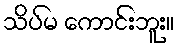
သိပ်မ ကောင်းဘူး။